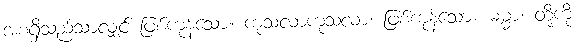
အစရှိသည်သာလျှင် ဖြစ်ကုန်သော။ ကုသလာကုသလာ၊ ဖြစ်ကုန်သော။ ဓမ္မာ၊ တို့ကို။